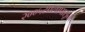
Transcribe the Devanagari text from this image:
२००५सालापासून